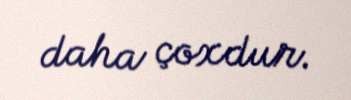
daha çoxdur.